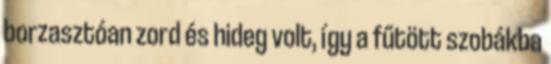
borzasztóan zord és hideg volt, így a fűtött szobákba